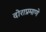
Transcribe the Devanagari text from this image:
दोराप्रमाणे